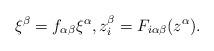
LaTeX: \begin{align*}\xi^\beta=f_{\alpha\beta}\xi^\alpha, z_i^\beta=F_{i\alpha\beta}(z^\alpha).\end{align*}